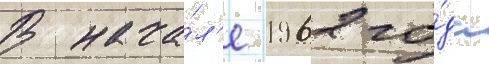
В нача́л'е 1962 го́да